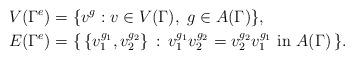
LaTeX: \begin{align*}V(\Gamma^e) & =\{v^g: v\in V(\Gamma),\ g\in A(\Gamma)\},\\E(\Gamma^e) & =\{\, \{v_1^{g_1}, v_2^{g_2}\}\,:\,v_1^{g_1}v_2^{g_2}=v_2^{g_2}v_1^{g_1}\ \mbox{in $A(\Gamma)$}\,\}.\end{align*}